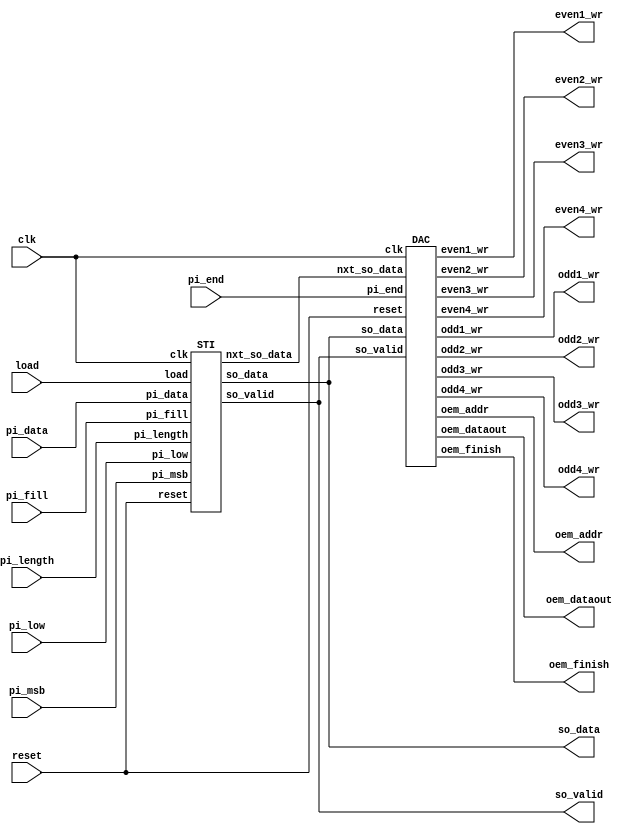
module STI_DAC(
	input			clk, 
	input 			reset,
	input			load, pi_msb, pi_low, pi_end,
	input	[15:0]	pi_data,
	input	[1:0]	pi_length,
	input			pi_fill,
	output 			so_data, so_valid,
	output  		oem_finish, odd1_wr, odd2_wr, odd3_wr, odd4_wr, even1_wr, even2_wr, even3_wr, even4_wr,
	output  [4:0] 	oem_addr,
	output  [7:0] 	oem_dataout
);

STI STI_inst(
	.clk		(clk		),
	.reset      (reset      ),
	.load       (load       ),
	.pi_msb     (pi_msb     ),
	.pi_low     (pi_low     ),
	.pi_data    (pi_data    ),
	.pi_length  (pi_length  ),
	.pi_fill    (pi_fill    ),
	.so_data    (so_data    ),
	.nxt_so_data(nxt_so_data),
	.so_valid   (so_valid   )
);

DAC DAC_inst(
	.clk		(clk		),
	.reset      (reset      ),
	.pi_end     (pi_end     ),
	.so_data    (so_data    ),
	.nxt_so_data(nxt_so_data),
	.so_valid   (so_valid   ),
	.oem_finish (oem_finish ),
	.odd1_wr    (odd1_wr    ),
	.odd2_wr    (odd2_wr    ),
	.odd3_wr    (odd3_wr    ),
	.odd4_wr    (odd4_wr    ),
	.even1_wr   (even1_wr   ),
	.even2_wr   (even2_wr   ),
	.even3_wr   (even3_wr   ),
	.even4_wr   (even4_wr   ),
	.oem_addr   (oem_addr   ),
	.oem_dataout(oem_dataout)
);

endmodule


module STI (
	input				clk, 
	input 				reset,
	input				load, 
	input				pi_msb, 
	input				pi_low, 
	input		[15:0]	pi_data,
	input		[1:0]	pi_length,
	input				pi_fill,
	output 				so_data, 
	output				nxt_so_data,
	output 				so_valid
);

// ====================================================================	//
// 						 		Parameters  							//
// ====================================================================	//
localparam IDLE 	= 1'd0;
localparam DATA_OUT	= 1'd1;

// ====================================================================	//
// 						 		Registers  								//
// ====================================================================	//
reg [1:0] state, next_state;
reg [4:0] count;

reg load_reg;

reg [31:0] pi_data_reg; 

// ====================================================================	//
// 							Combination (Wires)  						//
// ====================================================================	//
// state wire
wire IDLE_wire 		= state == IDLE;
wire DATA_OUT_wire 	= state == DATA_OUT;

// output length encoding
wire OUT_8b_wire  = pi_length == 2'b00;
wire OUT_16b_wire = pi_length == 2'b01;
wire OUT_24b_wire = pi_length == 2'b10;
wire OUT_32b_wire = pi_length == 2'b11;

reg [4:0] data_length;

wire [4:0] LSB_start_point 	= 5'd0;
wire [4:0] next_count 		= pi_msb ? count - 5'd1 : count + 5'd1;
// control signals
wire count_done		= (~pi_msb & count == data_length) | (pi_msb & count == LSB_start_point);
wire data_out_done	= count_done;

wire send_zero_flag = (OUT_24b_wire & pi_fill & count < 5'd8)  | (OUT_24b_wire & ~pi_fill & count > 5'd15) | 
					  (OUT_32b_wire & pi_fill & count < 5'd16) | (OUT_32b_wire & ~pi_fill & count > 5'd15);

// output
assign so_data 		= send_zero_flag ? 1'b0 : pi_data_reg[count];
assign nxt_so_data 	= send_zero_flag ? 1'b0 : pi_data_reg[next_count];
assign so_valid		= DATA_OUT_wire;

always@(*) begin
	case(pi_length)
		2'b00	: data_length = 5'd7;
		2'b01	: data_length = 5'd15;
		2'b10	: data_length = 5'd23;
		2'b11	: data_length = 5'd31;
		default	: data_length = 5'd0;
	endcase
end

// next state logic
always@(*) begin
	case(state)
		IDLE	: next_state = load_reg ? DATA_OUT : IDLE;
		DATA_OUT: next_state = data_out_done ? IDLE : DATA_OUT;
		default	: next_state = IDLE;
	endcase
end

// ====================================================================	//
// 						 		Sequential  							//
// ====================================================================	//
// FSM
always@(posedge clk or posedge reset) begin
	if(reset) begin
		state <= IDLE;
	end
	else begin
		state <= next_state;
	end
end


always@(posedge clk or posedge reset) begin
	if(reset) begin
		count <= 5'd0;
	end
	else if(load_reg) begin
		count <= pi_msb ? data_length : LSB_start_point;
	end
	else if(DATA_OUT) begin
		if(pi_msb) begin
			count <= count - 5'd1;
		end
		else begin
			count <= count + 5'd1;
		end
	end
	else begin
		count <= 5'd0;
	end
end

always@(posedge clk or posedge reset) begin
	if(reset) begin
		pi_data_reg <= 32'd0;
	end
	else if(load_reg) begin
		if(OUT_24b_wire) begin
			if(pi_fill) begin
				pi_data_reg[23:8]	<= pi_data;
				pi_data_reg[7:0] 	<= 8'd0;
			end
			else begin
				pi_data_reg[23:16]	<= 8'd0;
				pi_data_reg[15:0]	<= pi_data;
			end
		end
		else if(OUT_32b_wire) begin
			if(pi_fill) begin
				pi_data_reg[31:16]<= pi_data;
				pi_data_reg[15:0] <= 16'd0;
			end
			else begin
				pi_data_reg[31:16]<= 16'd0;
				pi_data_reg[15:0] <= pi_data;
			end
		end
		else if(OUT_8b_wire) begin
			if(pi_low) begin
				pi_data_reg[7:0] <= pi_data[15:8];
			end
			else begin
				pi_data_reg[7:0] <= pi_data[7:0];
			end
		end
		else begin
			pi_data_reg[16:0] <= pi_data;
		end
	end
	else if(IDLE_wire) begin
		pi_data_reg <= 32'd0;
	end
end

always@(posedge clk or posedge reset) begin
	if(reset) begin
		load_reg <= 1'b0;
	end
	else begin
		load_reg <= load;
	end
end


endmodule



module DAC (
	input				clk, 
	input 				reset,
	input				pi_end,
	input 				so_data, 
	input 				nxt_so_data,
	input				so_valid,
	output reg 			oem_finish, 
	output 				odd1_wr, 
	output 				odd2_wr, 
	output 				odd3_wr, 
	output 				odd4_wr, 
	output 				even1_wr, 
	output 				even2_wr, 
	output 				even3_wr, 
	output 				even4_wr,
	output reg 	[4:0] 	oem_addr,
	output  	[7:0] 	oem_dataout
);

// ====================================================================	//
// 						 		Registers  								//
// ====================================================================	//
reg [7:0] Buffer;
reg [2:0] ptr;

reg [1:0] mem_count;
reg [2:0] X;
reg odd_mem_flag;
reg even_mem_flag;

reg pi_end_reg;
reg ptr_done_reg;

// ====================================================================	//
// 							Combination (Wires)  						//
// ====================================================================	//
wire one_mem_full_flag 	= oem_addr == 5'd31;
wire ptr_done 			= ptr == 3'd0;
wire change_mem_pix 	= X[0];
wire mem_exchange_flag	= change_mem_pix & ptr_done;						// odd and even mem exchange
wire mem_change_flag 	= one_mem_full_flag & change_mem_pix & ptr_done;	// mem 1~4 change
wire X_done 			= X == 3'd7; 

wire mem_1_en = mem_count == 2'd0;
wire mem_2_en = mem_count == 2'd1;
wire mem_3_en = mem_count == 2'd2;
wire mem_4_en = mem_count == 2'd3;

wire mem_odd_en = ptr_done & odd_mem_flag;
wire mem_even_en= ptr_done & even_mem_flag;

assign odd1_wr  = mem_odd_en  & mem_1_en;
assign odd2_wr  = mem_odd_en  & mem_2_en;
assign odd3_wr  = mem_odd_en  & mem_3_en;
assign odd4_wr  = mem_odd_en  & mem_4_en;
assign even1_wr = mem_even_en & mem_1_en;
assign even2_wr = mem_even_en & mem_2_en;
assign even3_wr = mem_even_en & mem_3_en;
assign even4_wr = mem_even_en & mem_4_en;

assign oem_dataout = pi_end_reg ? 8'd0 : Buffer;

// ====================================================================	//
// 						 		Sequential  							//
// ====================================================================	//
// TODO : 
always@(posedge clk or posedge reset) begin
	if(reset) begin
		Buffer <= 8'd0;
	end
	else if(so_valid) begin
		Buffer[ptr] <= so_data;
		Buffer[0] 	<= nxt_so_data;
	end
end

always@(posedge clk or posedge reset) begin
	if(reset) begin
		ptr <= 3'd7;
	end
	else if(so_valid | pi_end_reg) begin
		ptr <= ptr - 3'd1;
	end
	else begin
		ptr <= 3'd7;
	end
end

always@(posedge clk or posedge reset) begin
	if(reset) begin
		oem_addr <= 5'd0;
	end
	else if(mem_exchange_flag) begin
		oem_addr <= oem_addr + 5'd1;
	end
	else if(mem_change_flag) begin
		oem_addr <= 5'd0;
	end
end

always@(posedge clk or posedge reset) begin
	if(reset) begin
		X <= 3'd0;
	end
	else if(ptr_done) begin
		X <= X_done ? 3'd0 : (X + 3'd1);
	end
end


always@(posedge clk or posedge reset) begin
	if(reset) begin
		odd_mem_flag <= 1'b1;
	end
	else if(ptr_done & ~X_done) begin
		odd_mem_flag <= ~odd_mem_flag;
	end
end

always@(posedge clk or posedge reset) begin
	if(reset) begin
		even_mem_flag <= 1'b0;
	end
	else if(ptr_done & ~X_done) begin
		even_mem_flag <= ~even_mem_flag;
	end
end

always@(posedge clk or posedge reset) begin
	if(reset) begin
		mem_count <= 2'd0;
	end
	else if(mem_change_flag) begin
		mem_count <= mem_count + 2'd1;
	end
end

always@(posedge clk or posedge reset) begin
	if(reset) begin
		pi_end_reg <= 1'b0;
	end
	else if(pi_end & mem_exchange_flag) begin
		pi_end_reg <= 1'b1;
	end
end

always@(posedge clk or posedge reset) begin
	if(reset) begin
		ptr_done_reg <= 1'b0;
	end
	else begin
		ptr_done_reg <= ptr_done;
	end
end

always@(posedge clk or posedge reset) begin
	if(reset) begin
		oem_finish <= 1'b0;
	end
	else if(mem_4_en & mem_change_flag) begin
		oem_finish <= 1'b1;
	end
end


endmodule